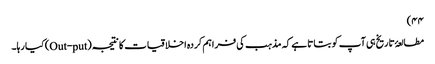
۴۴)
مطالعۂ تاریخ ہی آپ کو بتاتا ہے کہ مذہب کی فراہم کردہ اخلاقیات کا نتیجہ (Out-put) کیا رہا۔